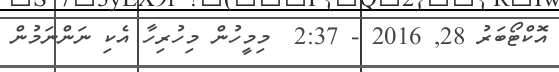
އޮކްޓޯބަރު 28